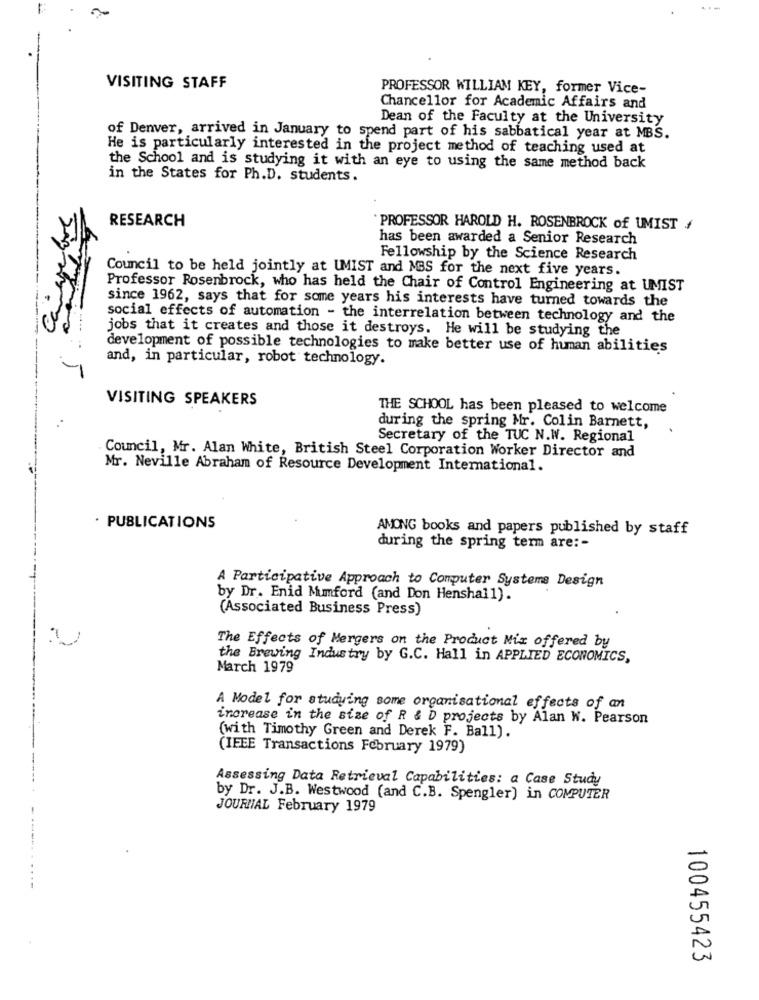
VISITING STAFF
PROFESSOR WILLIAM KEY, former Vice-
Chancellor for Academic Affairs and
Dean of the Faculty at the University
of Denver, arrived in January to spend part of his sabbatical year at MBS.
He is particularly interested in the project method of teaching used at
the School and is studying it with an eye to using the same method back
in the States for Ph.D. students.
RESEARCH
PROFESSOR HAROLD H. ROSENBROCK of UMIST /
has been awarded a Senior Research
Fellowship by the Science Research
Council to be held jointly at UMIST and MBS for the next five years.
Professor Rosenbrock, who has held the Chair of Control Engineering at UMIST
since 1962, says that for some years his interests have turned towards the
social effects of automation - the interrelation between technology and the
jobs that it creates and those it destroys. He will be studying the
development of possible technologies to make better use of human abilities
and, in particular, robot technology.
VISITING SPEAKERS
THE SCHOOL has been pleased to welcome
during the spring Mr. Colin Barnett,
.
Secretary of the TUC N.W. Regional
Council, Mr. Alan White, British Steel Corporation Worker Director and
Mr. Neville Abraham of Resource Development International.
· PUBLICATIONS
AMONG books and papers published by staff
during the spring term are :-
A Participative Approach to Computer Systems Design
by Dr. Enid Mumford (and Don Henshall).
(Associated Business Press)
The Effects of Mergers on the Product Mix offered by
the Brewing Industry by G.C. Hall in APPLIED ECONOMICS,
March 1979
A Model for studying some organisational effects of an
increase in the size of R & D projects by Alan W. Pearson
(with Timothy Green and Derek F. Ball).
(IEEE Transactions February 1979)
Assessing Data Retrieval Capabilities: a Case Study
by Dr. J.B. Westwood (and C.B. Spengler) in COMPUTER
JOURNAL February 1979
100455423